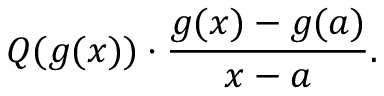
Q ( g ( x ) ) \cdot { \frac { g ( x ) - g ( a ) } { x - a } } .